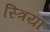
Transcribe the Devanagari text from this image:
स्‍त्रियां